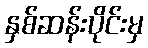
နှစ်ဆန်းပိုင်းမှ